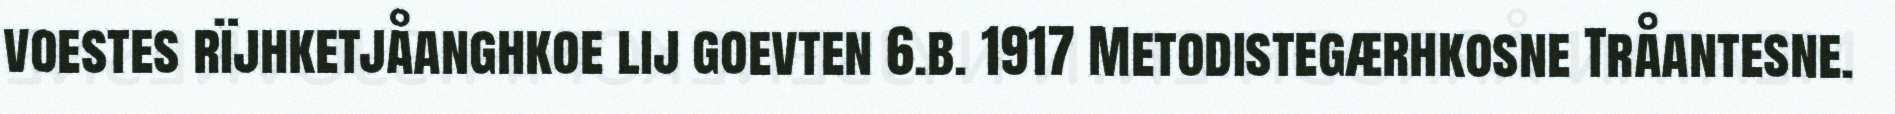
voestes rïjhketjåanghkoe lij goevten 6.b. 1917 Metodistegærhkosne Tråantesne.